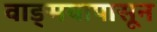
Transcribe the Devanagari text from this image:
वाङ्‌मयापासून